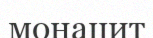
монацит